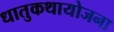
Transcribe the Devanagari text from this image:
धातुकथायोजना